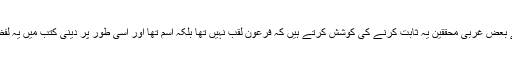
عصرِ حاضر کے بعض غربی محققین یہ ثابت کرنے کی کوشش کرتے ہیں کہ فرعون لقب نہیں تھا بلکہ اسم تھا اور اسی طور پر دینی کتب میں یہ لفظ استعمال ہوا ہے۔